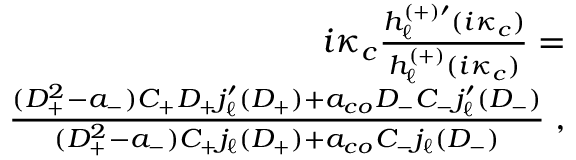
\begin{array} { r l r } & { } & { i \kappa _ { c } \frac { h _ { \ell } ^ { ( + ) \prime } ( i \kappa _ { c } ) } { h _ { \ell } ^ { ( + ) } ( i \kappa _ { c } ) } = } \\ & { } & { \frac { ( D _ { + } ^ { 2 } - a _ { - } ) C _ { + } D _ { + } j _ { \ell } ^ { \prime } ( D _ { + } ) + a _ { c o } D _ { - } C _ { - } j _ { \ell } ^ { \prime } ( D _ { - } ) } { ( D _ { + } ^ { 2 } - a _ { - } ) C _ { + } j _ { \ell } ( D _ { + } ) + a _ { c o } C _ { - } j _ { \ell } ( D _ { - } ) } \; , } \end{array}